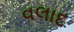
વલાદ